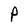
Character: P